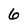
Character: 6